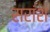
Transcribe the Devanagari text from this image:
सरांश